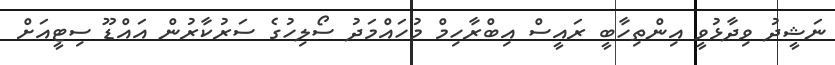
ނަޝީދު ވިދާޅުވީ އިންތިހާބީ ރައީސް އިބްރާހިމް މުހައްމަދު ސޯލިހުގެ ސަރުކާރުން އައްޑޫ ސިޓީއަށް